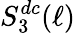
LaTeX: S_{3}^{dc}(\ell)